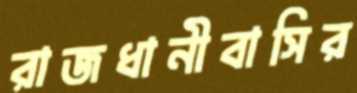
রাজধানীবাসির